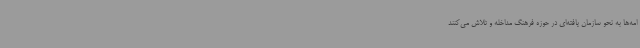
امه‌ها به نحو سازمان یافته‌ای در حوزه فرهنگ مداخله و تلاش می‌کنند